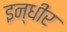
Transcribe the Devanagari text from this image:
इन्धीर